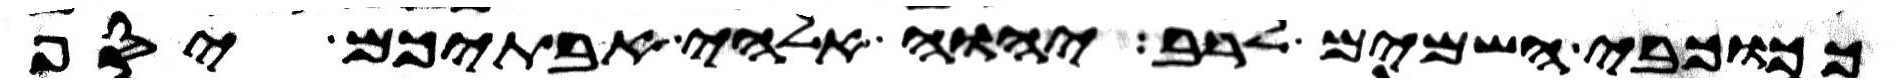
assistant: ככוכבי השמים לרב יהוה אלהי אבתיכם יסף